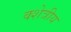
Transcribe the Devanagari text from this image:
क्शेत्रीय